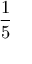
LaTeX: \frac { 1 } { 5 }